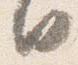
日